Annual administration report of the Civil Veterinary Department of India - 1897-1898
Year: 1897
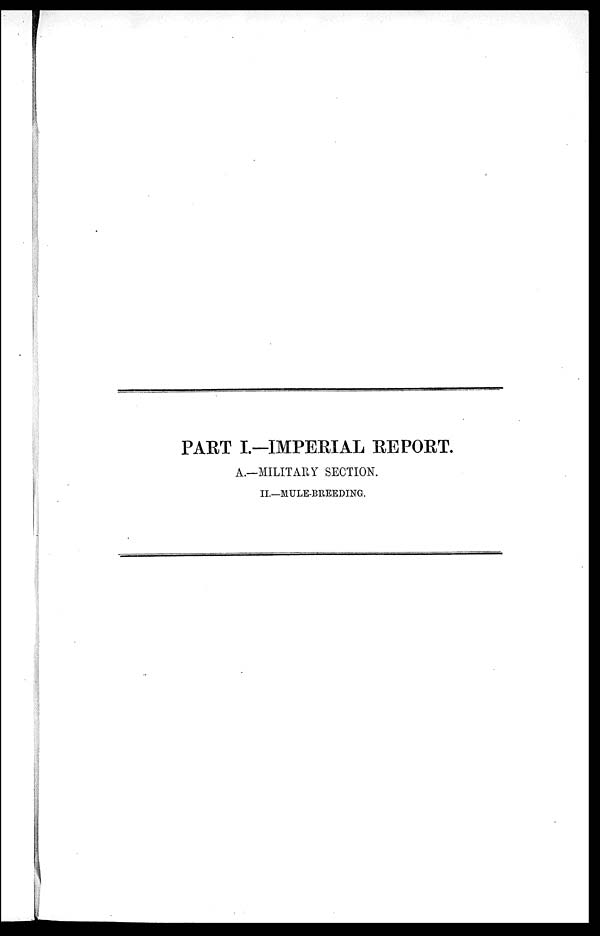
PART I.—IMPERIAL REPORT.
A.—MILITARY SECTION.
II.—MULE-BREEDING.